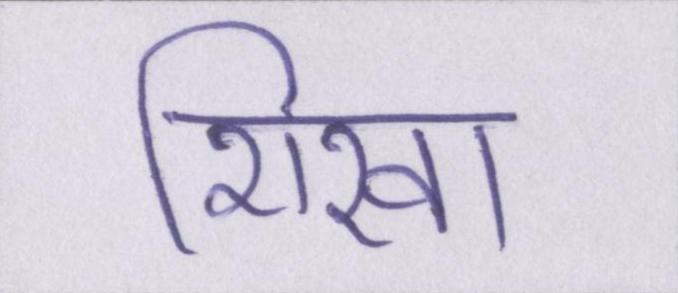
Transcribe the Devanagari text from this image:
शिखा